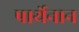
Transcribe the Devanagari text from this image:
पार्थेनान